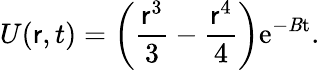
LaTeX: {}U(\mathsf{r},t)=\left(\frac{{\mathsf{r}^{3}}}{{3}}-\frac{{\mathsf{r}^{4}}}{{4}}\right)\mathrm{{{e}^{-\mathit{B}t}.}}